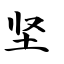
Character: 坚